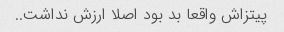
پیتزاش واقعا بد بود اصلا ارزش نداشت..